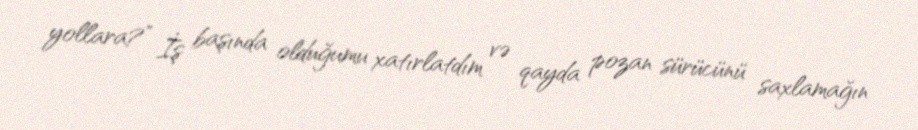
yollara?” İş başında olduğumu xatırlatdım və qayda pozan sürücünü saxlamağın